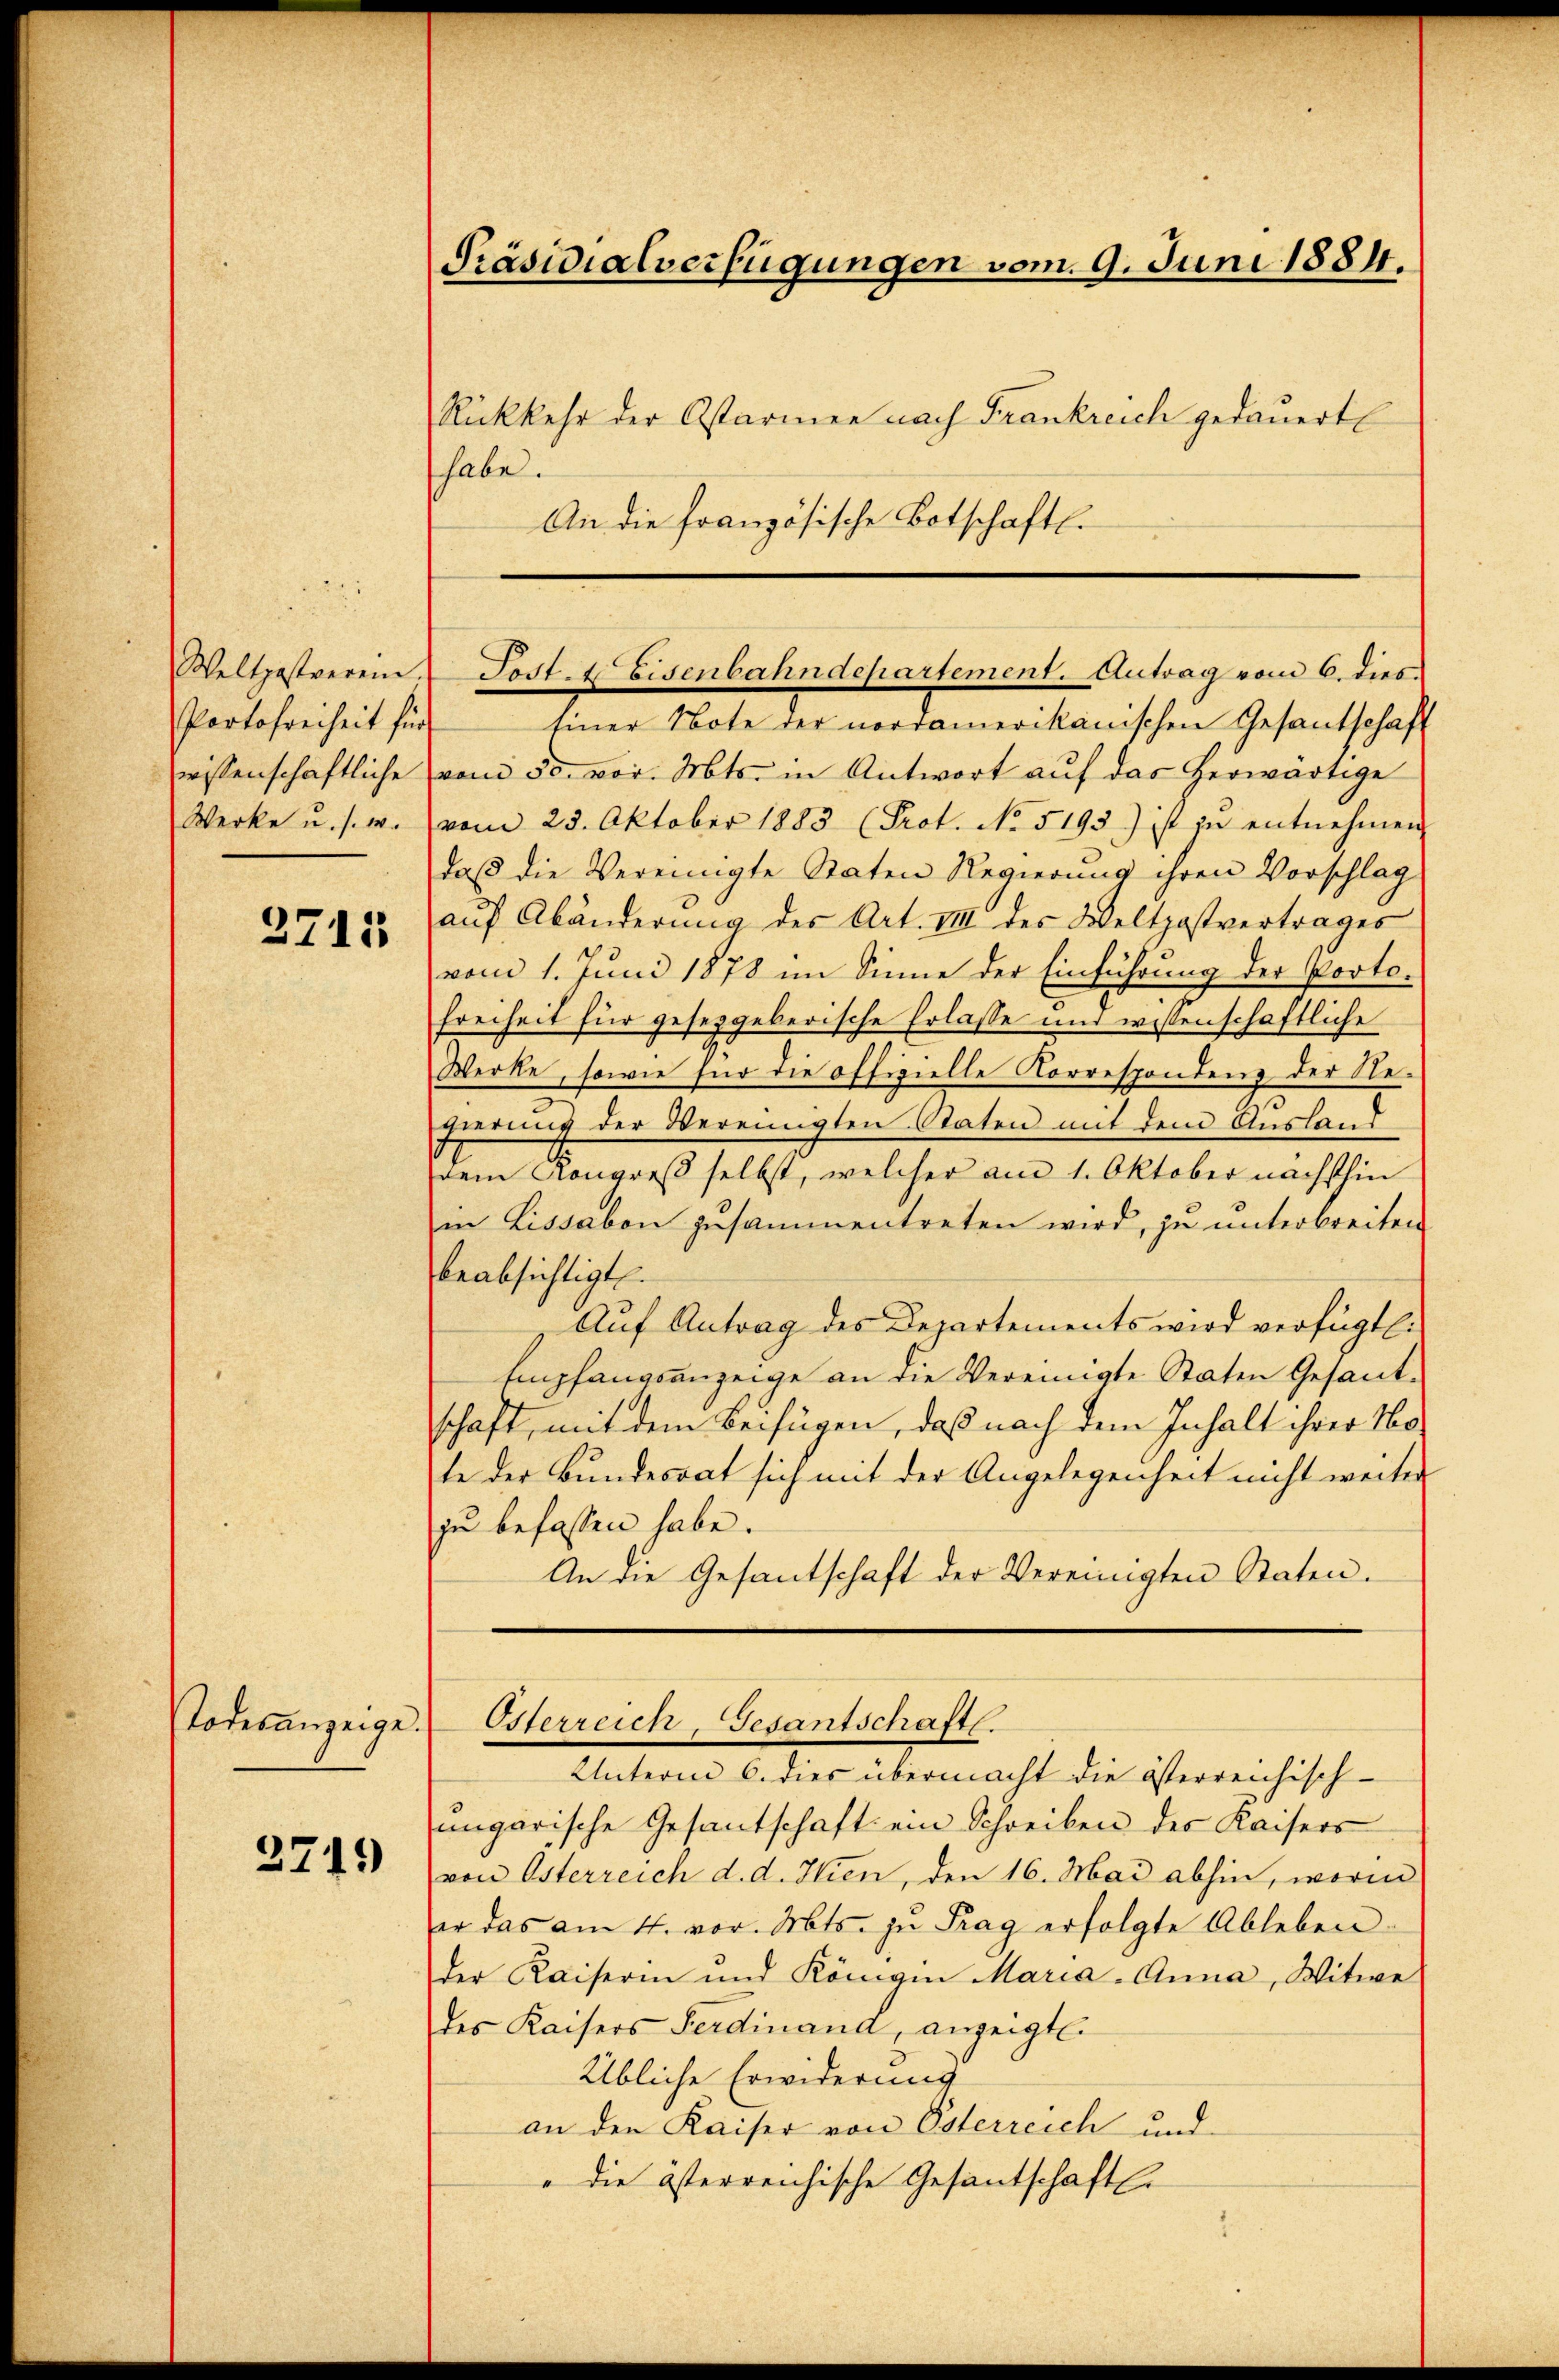
Weltgestverein.
Partofreiheit für
Werke u. s. w.

2715

Todesanzeige.

3749)

tiner Note der nordamerikanischen Gesantschaft
wissenschaftliche vom 30. vor. Mts. in Antwort auf das herwärtige
vom 23. Oktober 1883 (Prot. No 5195) ist in entnehmen
daß die Vereinigte Staten Regierung ihren Vorschlag
aŭf Abänderung des Art. VIII des Weltpostvertrages
vom 1. Juni 1878 im Sinne der Einführung der Porto-
Freiheit für geseggeberische Erlasse und wissenschaftliche
Werke, sowie für die offizielle Korrespondenz der Regierung der Vereinigten Staten mit dem Ausland
dem Kongreß selbst, welcher am 1. Oktober nächsthin
in Lissabon zusammentreten wird, zu unterbreiten
beabsichtigt.
Aŭf Antrag des Departements wird verfügt (
Empfangsanzeige an die Vereinigte Staten Gesandschaft, mit dem Beifügen, daß nach dem Inhalt ihrer Noste der Bundesrat sich mit der Angelegenheit nicht weiter
zu befassen habe.
An die Gesantschaft der Vereinigten Staten.

Präsidialverfügungen vom 9. Juni 1884.

Rückkehr der Ostarmen nach Frankreich gedauert
habe.
An die französische Botschaftl.

Post. Eisenbahndepartement. Antrag vom 6. dies

Osterreich, Gesantschaft.

Unterm 6. dies übermacht die österreichisch-
ungarische Gesantschaft ein Schreiben des Kaisers
von Osterreich d. d. Hien, den 16. Mai abhin, worin
er das am 4. vor. Mts. zŭ Frag erfolgte Ableben
der Kaiserin und Königen Maria-Anna Witwe
des Kaisers Ferdinand, anzeigte.
Übliche Erwiderung
an den Kaiser von Osterreich und
" die österreichische Gesantschaftl.